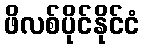
ဖိလစ်ပိုင်နိုင်ငံ